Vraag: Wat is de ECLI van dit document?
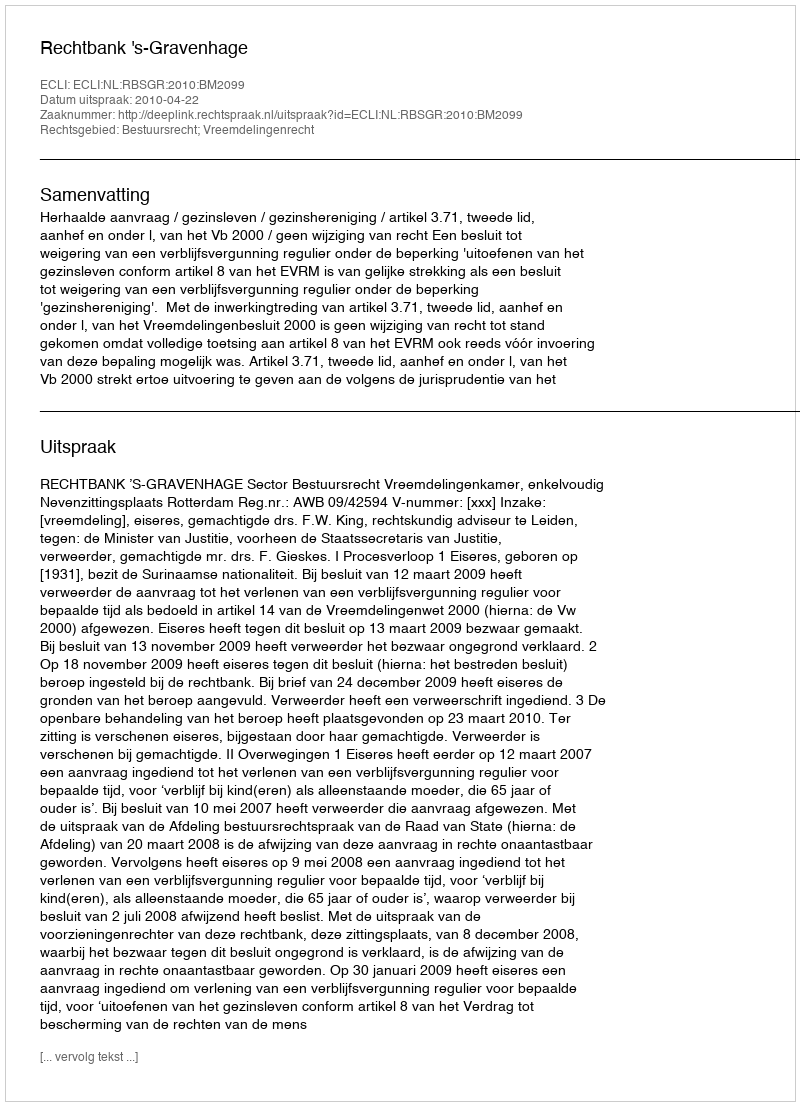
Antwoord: ECLI:NL:RBSGR:2010:BM2099